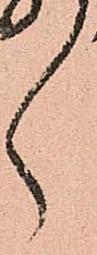
く